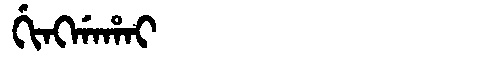
Manchu: ᡤᡳᠩᡤᠠᡥᠠᡳ
Romanization: GINGGAHAI